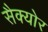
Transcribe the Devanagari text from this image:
सैक्योर